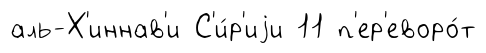
аль-Х'иннав'и С'и́р'иjи 11 п'ер'еворо́т